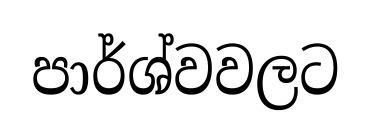
පාර්ශ්වවලට